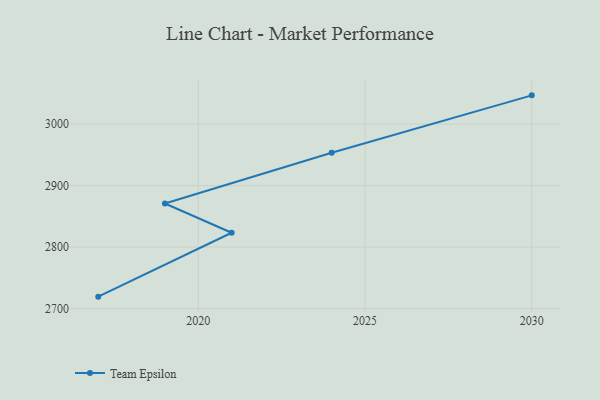
{"axis": {"x": "Year", "y": "Population (Million)"}, "legend": ["Team Epsilon"], "data": [{"x": "2030", "y": 3046.8, "type": "Team Epsilon"}, {"x": "2024", "y": 2953.6, "type": "Team Epsilon"}, {"x": "2019", "y": 2870.9, "type": "Team Epsilon"}, {"x": "2021", "y": 2823.4, "type": "Team Epsilon"}, {"x": "2017", "y": 2719.5, "type": "Team Epsilon"}]}